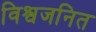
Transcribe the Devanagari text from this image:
विश्वजनित